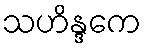
သဟိန္ဒကေ